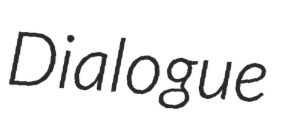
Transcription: Dialogue